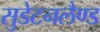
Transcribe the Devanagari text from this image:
सुडेटनलैण्ड